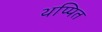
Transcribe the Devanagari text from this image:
थप्पित